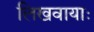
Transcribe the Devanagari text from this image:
लिखवायाः